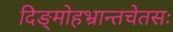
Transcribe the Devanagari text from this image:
दिङ्मोहभ्रान्तचेतसः